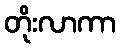
တိုးလာကာ